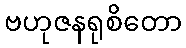
ဗဟုဇနရုစိတော